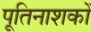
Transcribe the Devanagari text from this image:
पूतिनाशकों